Civil Veterinary Dept. North-West Frontier Province 1901-22 - 1901-1922
Year: 1901
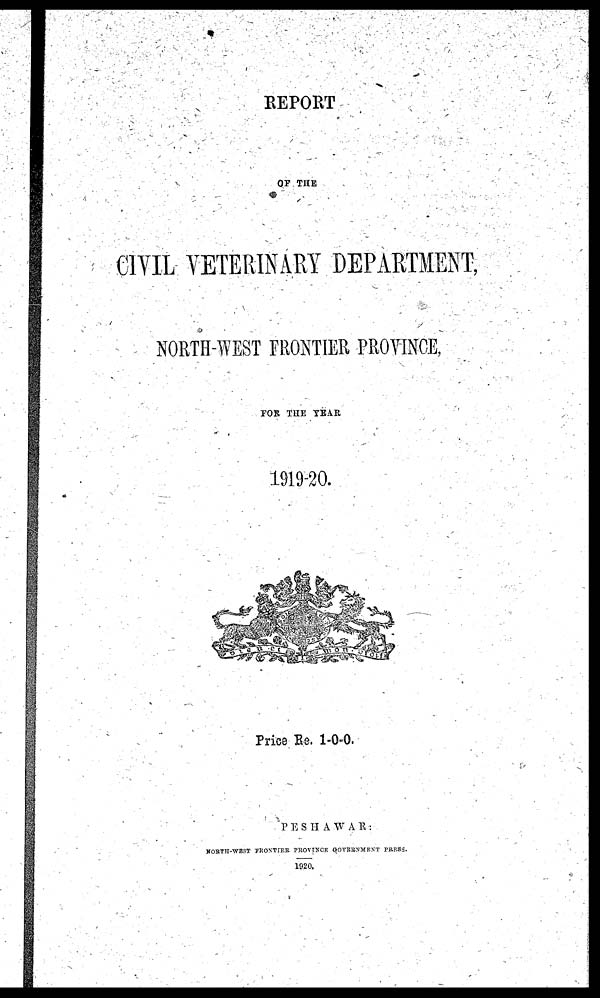
REPORT
OF THE
CIVIL VETERINARY DEPARTMENT,
NORTH-WEST FRONTIER PROVINCE,
FOR THE YEAR
1919-20.
Price Re. 1-0-0.
PESHAWAR:
NORTH-WEST FRONTIER PROVINCE GOVERNMENT PRESS.
1920.